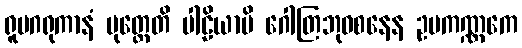
ရူပဂရုကာနံ မုတ္တေတိ ပါဠိယာပိ ဂေါတြဘုဝစနေန ဥပကဏ္ဏကေ